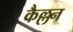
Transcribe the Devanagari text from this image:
कैल्लन